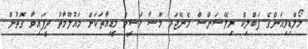
މޯލްޑިވިއަންގެ ޕަބްލިކް ރިލޭޝަންސް މެނޭޖަރ މޫސާ ވަސީމް މީޑިއާތަކަށް މައުލޫމާތު ދީފައިވާ ގޮތުން